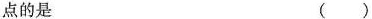
点的是 ( )